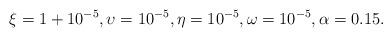
LaTeX: \begin{align*}\xi = 1+ 10^{-5}, \upsilon = 10^{-5}, \eta = 10^{-5}, \omega = 10^{-5}, \alpha = 0.15. \end{align*}